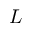
L